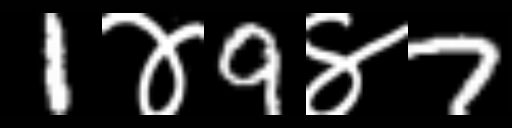
Text: 1४9४7